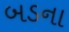
બડના